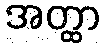
အတ္ထာ